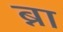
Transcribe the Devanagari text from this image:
ब्ना